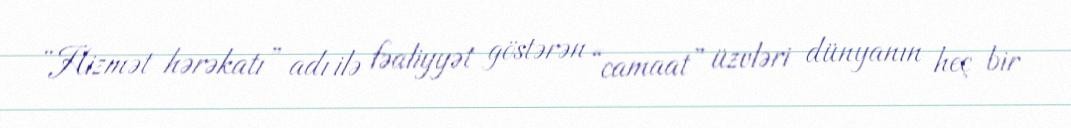
“Hizmət hərəkatı” adı ilə fəaliyyət göstərən “camaat” üzvləri dünyanın heç bir